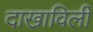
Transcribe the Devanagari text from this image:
दाखाविली